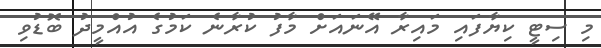
މި ސިޓީ ކިޔާފައި މައިރާ އޭނައަށް މާފު ކުރާނެ ކަމުގެ އުއްމީދު ބޮޑުވި